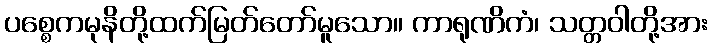
ပစ္စေကမုနိတို့ထက်မြတ်တော်မူသော။ ကာရုဏိကံ၊ သတ္တဝါတို့အား